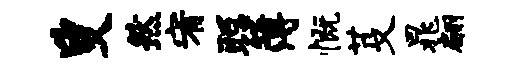
叟然宥聪簿慨芟晁翩